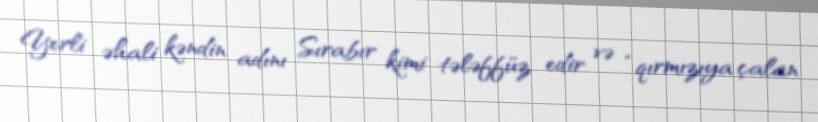
Yerli əhali kəndin adını Sırabır kimi tələffüz edir və “qırmızıya çalan